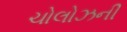
ચોલોઝની